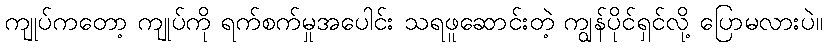
ကျုပ်ကတော့ ကျုပ်ကို ရက်စက်မှုအပေါင်း သရဖူဆောင်းတဲ့ ကျွန်ပိုင်ရှင်လို့ ပြောမလားပဲ။